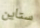
ستاين